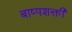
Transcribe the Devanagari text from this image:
बाष्पशक्ती